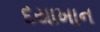
દયાખાન